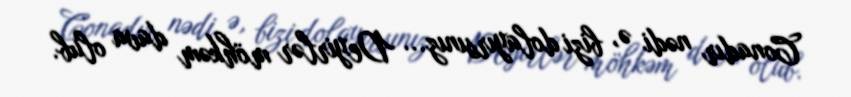
Conadır nədi ə, bizi dolayırsınız... Deyirlər möhkəm dava olub.